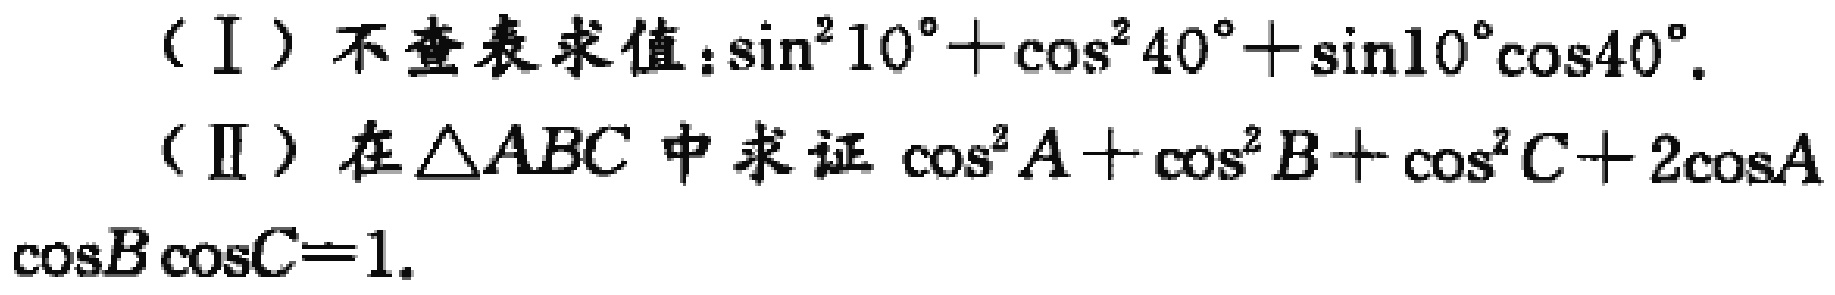
（Ⅰ）不查表求值：\(\sin^{2}10^{\circ}+\cos^{2}40^{\circ}+\sin10^{\circ}\cos40^{\circ}\)。
（Ⅱ）在\(\triangle ABC\)中求证\(\cos^{2}A+\cos^{2}B+\cos^{2}C + 2\cos A\cos B\cos C = 1\)。